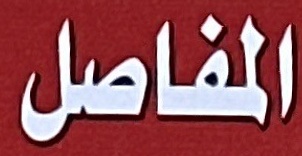
المفاصل